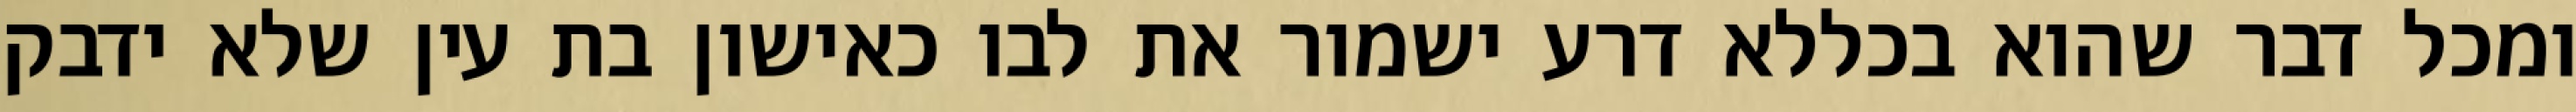
ומכל דבר שהוא בכללא דרע ישמור את לבו כאישון בת עין שלא ידבק